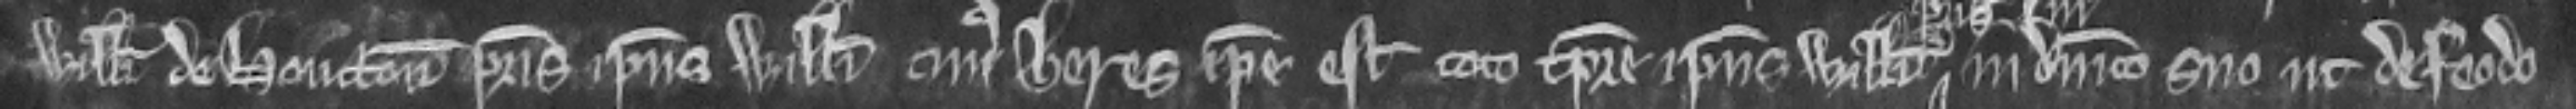
Willelmi de Houcton patris ipsius Willemi cujus heres ipse est toto tempore ipsius Willelmi in dominico suo ut de feodo